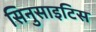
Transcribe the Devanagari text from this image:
सिनुसाइटिस